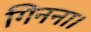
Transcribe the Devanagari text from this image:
गिनना।